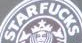
STARFUCKS